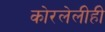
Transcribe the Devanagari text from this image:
कोरलेलीही